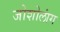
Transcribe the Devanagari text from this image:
जोशोलांग